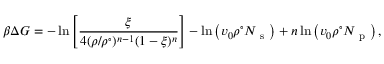
\beta \Delta G = - \ln \left[ \frac { \xi } { 4 ( \rho / \rho ^ { \circ } ) ^ { n - 1 } ( 1 - \xi ) ^ { n } } \right] - \ln \left( v _ { 0 } \rho ^ { \circ } N _ { \mathrm { ~ s ~ } } \right) + n \ln \left( v _ { 0 } \rho ^ { \circ } N _ { \mathrm { ~ p ~ } } \right) ,